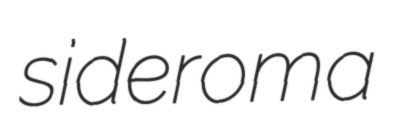
sideroma